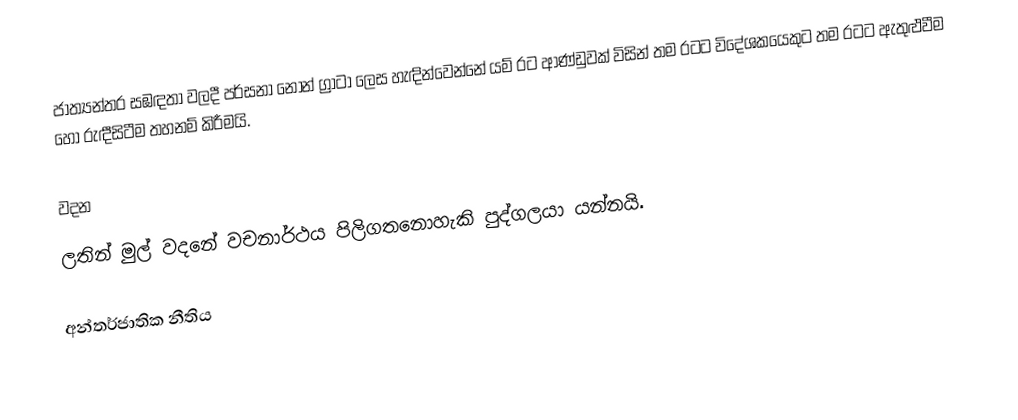
ජාත්‍යන්තර සඹඳතා වලදී පර්සනා නොන් ග්‍රාටා ලෙස හැඳින්වෙන්නේ යම් රට ආණ්ඩුවක් විසින් තම රටට විදේශකයෙකුට තම රටට ඇතුළුවීම හෝ රුඳීසිටීම තහනම් කිරීමයි.

වදන
ලතින් මුල් වදනේ වචනාර්ථය පිලිගතනොහැකි පුද්ගලයා යන්නයි.

අන්තර්ජාතික නීතිය